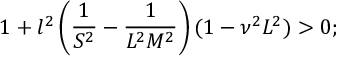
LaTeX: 1 + l ^ { 2 } \left( \frac { 1 } { S ^ { 2 } } - \frac { 1 } { L ^ { 2 } M ^ { 2 } } \right) ( 1 - \nu ^ { 2 } L ^ { 2 } ) > 0 ;